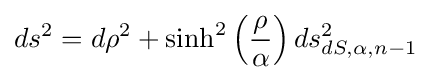
ds^{2}=d\rho ^{2}+\sinh ^{2}\left({\frac {\rho }{\alpha }}\right)ds_{dS,\alpha ,n-1}^{2}